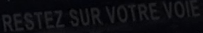
RESTEZ SUR VOTRE VOIE